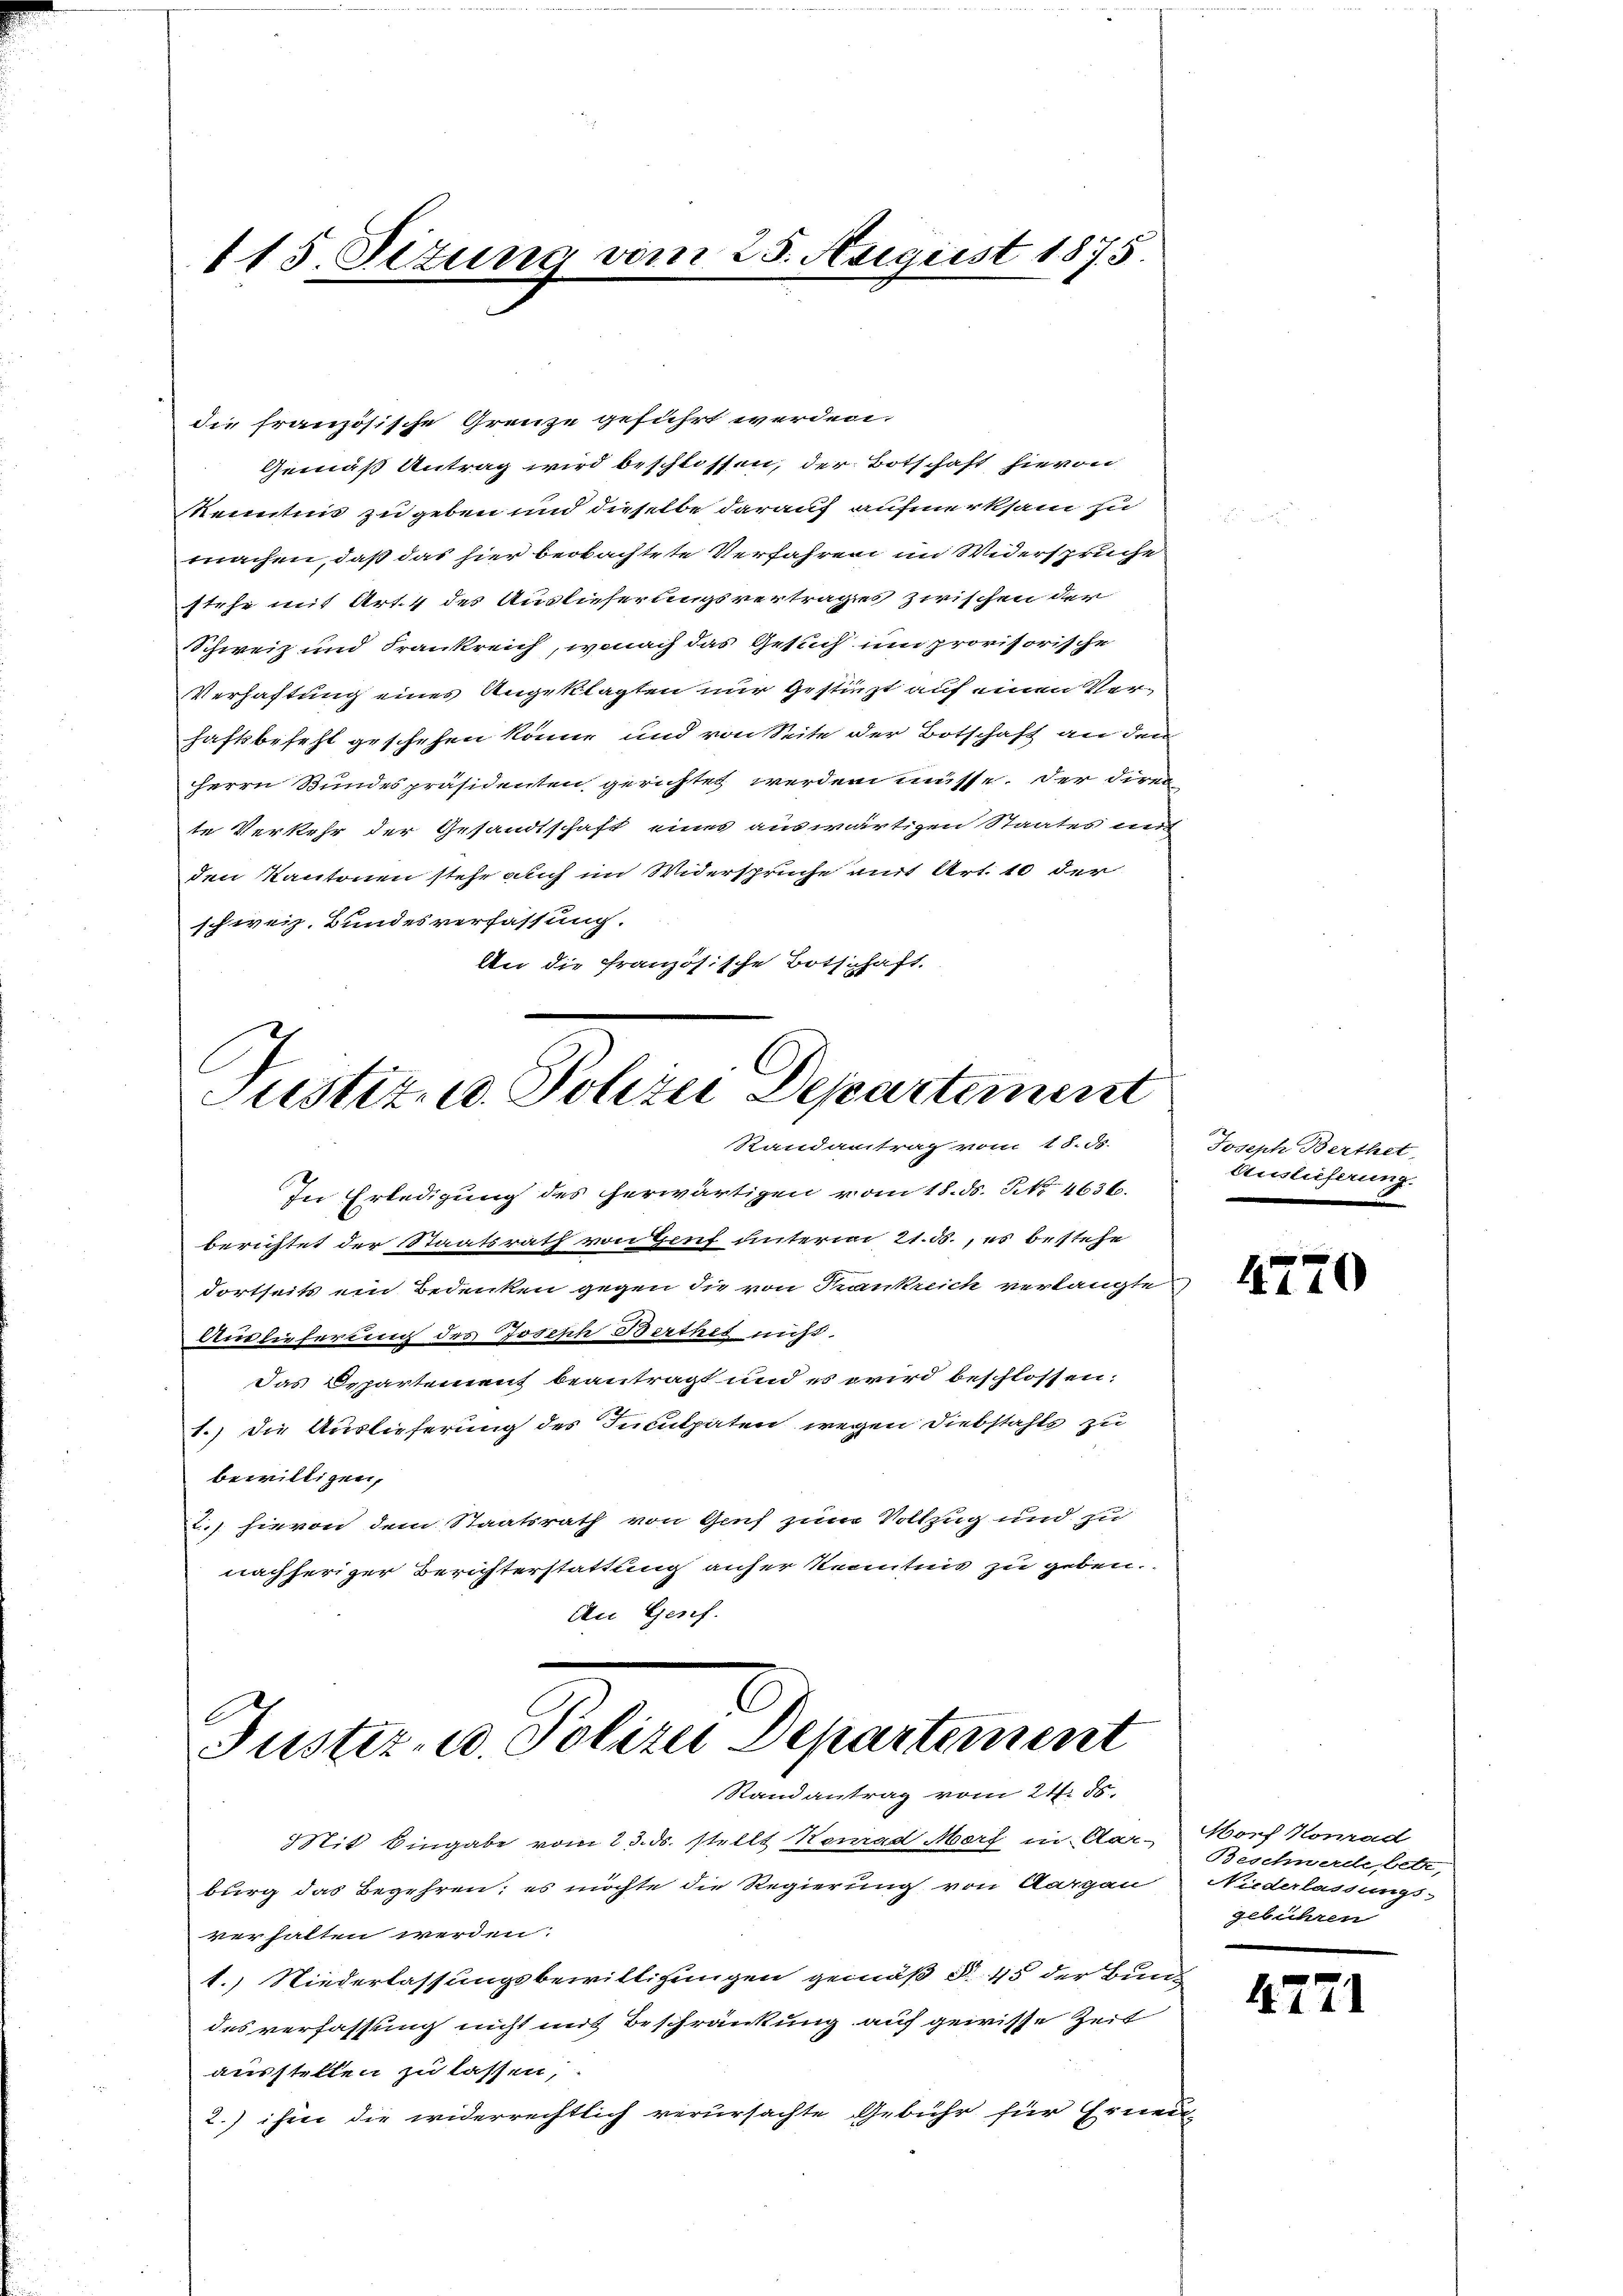
115. Situng vom 25. August 1875

die französische Grenze geführt werden.
Gemäß Antrag wird beschlossen, der Botschaft hievon
Kenntnis zu geben und dieselbe darauf aufmerksam zu
machen, daß das hier beobachtete Verfahren im Widerspruche
stehe mit Art. 4 des Auslieferungsvertrages zwischen der
Schweiz und Frankreich, wonach das Gesuch um provisorische
Verhaftung eines Angeklagten nur gestürzt auf einen Verhaftsbefehl geschehen könne und von Seite der Botschaft an den
Herrn Bundespräsidenten gerichtet werden müsse. Der Dire
te Verkehr der Gesandtschaft eines auswärtigen Staates mit
den Kantonen stehe auch im Widersprüche mit Art. 10 der
schweiz. Bundesverfassung.
An die französische Botschaft.

Randantrag vom 18. ds.
In Erledigung des herwärtigen vom 18. ds. No 4636.
berichtet der Staatsrath von Genf unterm 21.5., es bestehe
dortseits ein Bedenken gegen die von Trankreich verlangte
Auslieferung des Joseph Berthes nicht.
das Departement beantragt und es wird beschlossen:
1.) die Auslieferung des Inculpaten wegen Diebstahls zu
bewilligen,
2., hievon dem Staatsrath von Genf zum Vollzug und zu
nachheriger Berichterstattung anher Kenntnis zu geben.
An Genf.

Justiz- u. Polizei Departement

Justiz- u. Polizei Departement
Randantrag vom 21. ds.

Mit Eingabe vom 23. ds. stellt Konrad Morf in Aar- Morf Konrad
burg das Begehren; es möchte die Regierung von Aargau
verhalten werden.
1.) Niederlassungsbewilligungen gemäß § 45 der Bundes verfassung nicht mit Beschränkung auf gewisse Zeit
ausstellen zu lassen,
2.) ihm die widerrechtlich verursachte Gebühr für Erneu-

Joseph Berthet,
Auslieferung.

4770

Beschwerde, betre,
Niederlassungs-
gebühren

4771